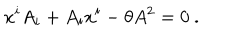
LaTeX: x ^ { i } A _ { i } + A _ { i } x ^ { i } - \theta A ^ { 2 } = 0 ~ .